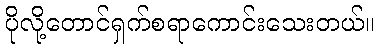
ပိုလို့တောင်ရှက်စရာကောင်းသေးတယ်။